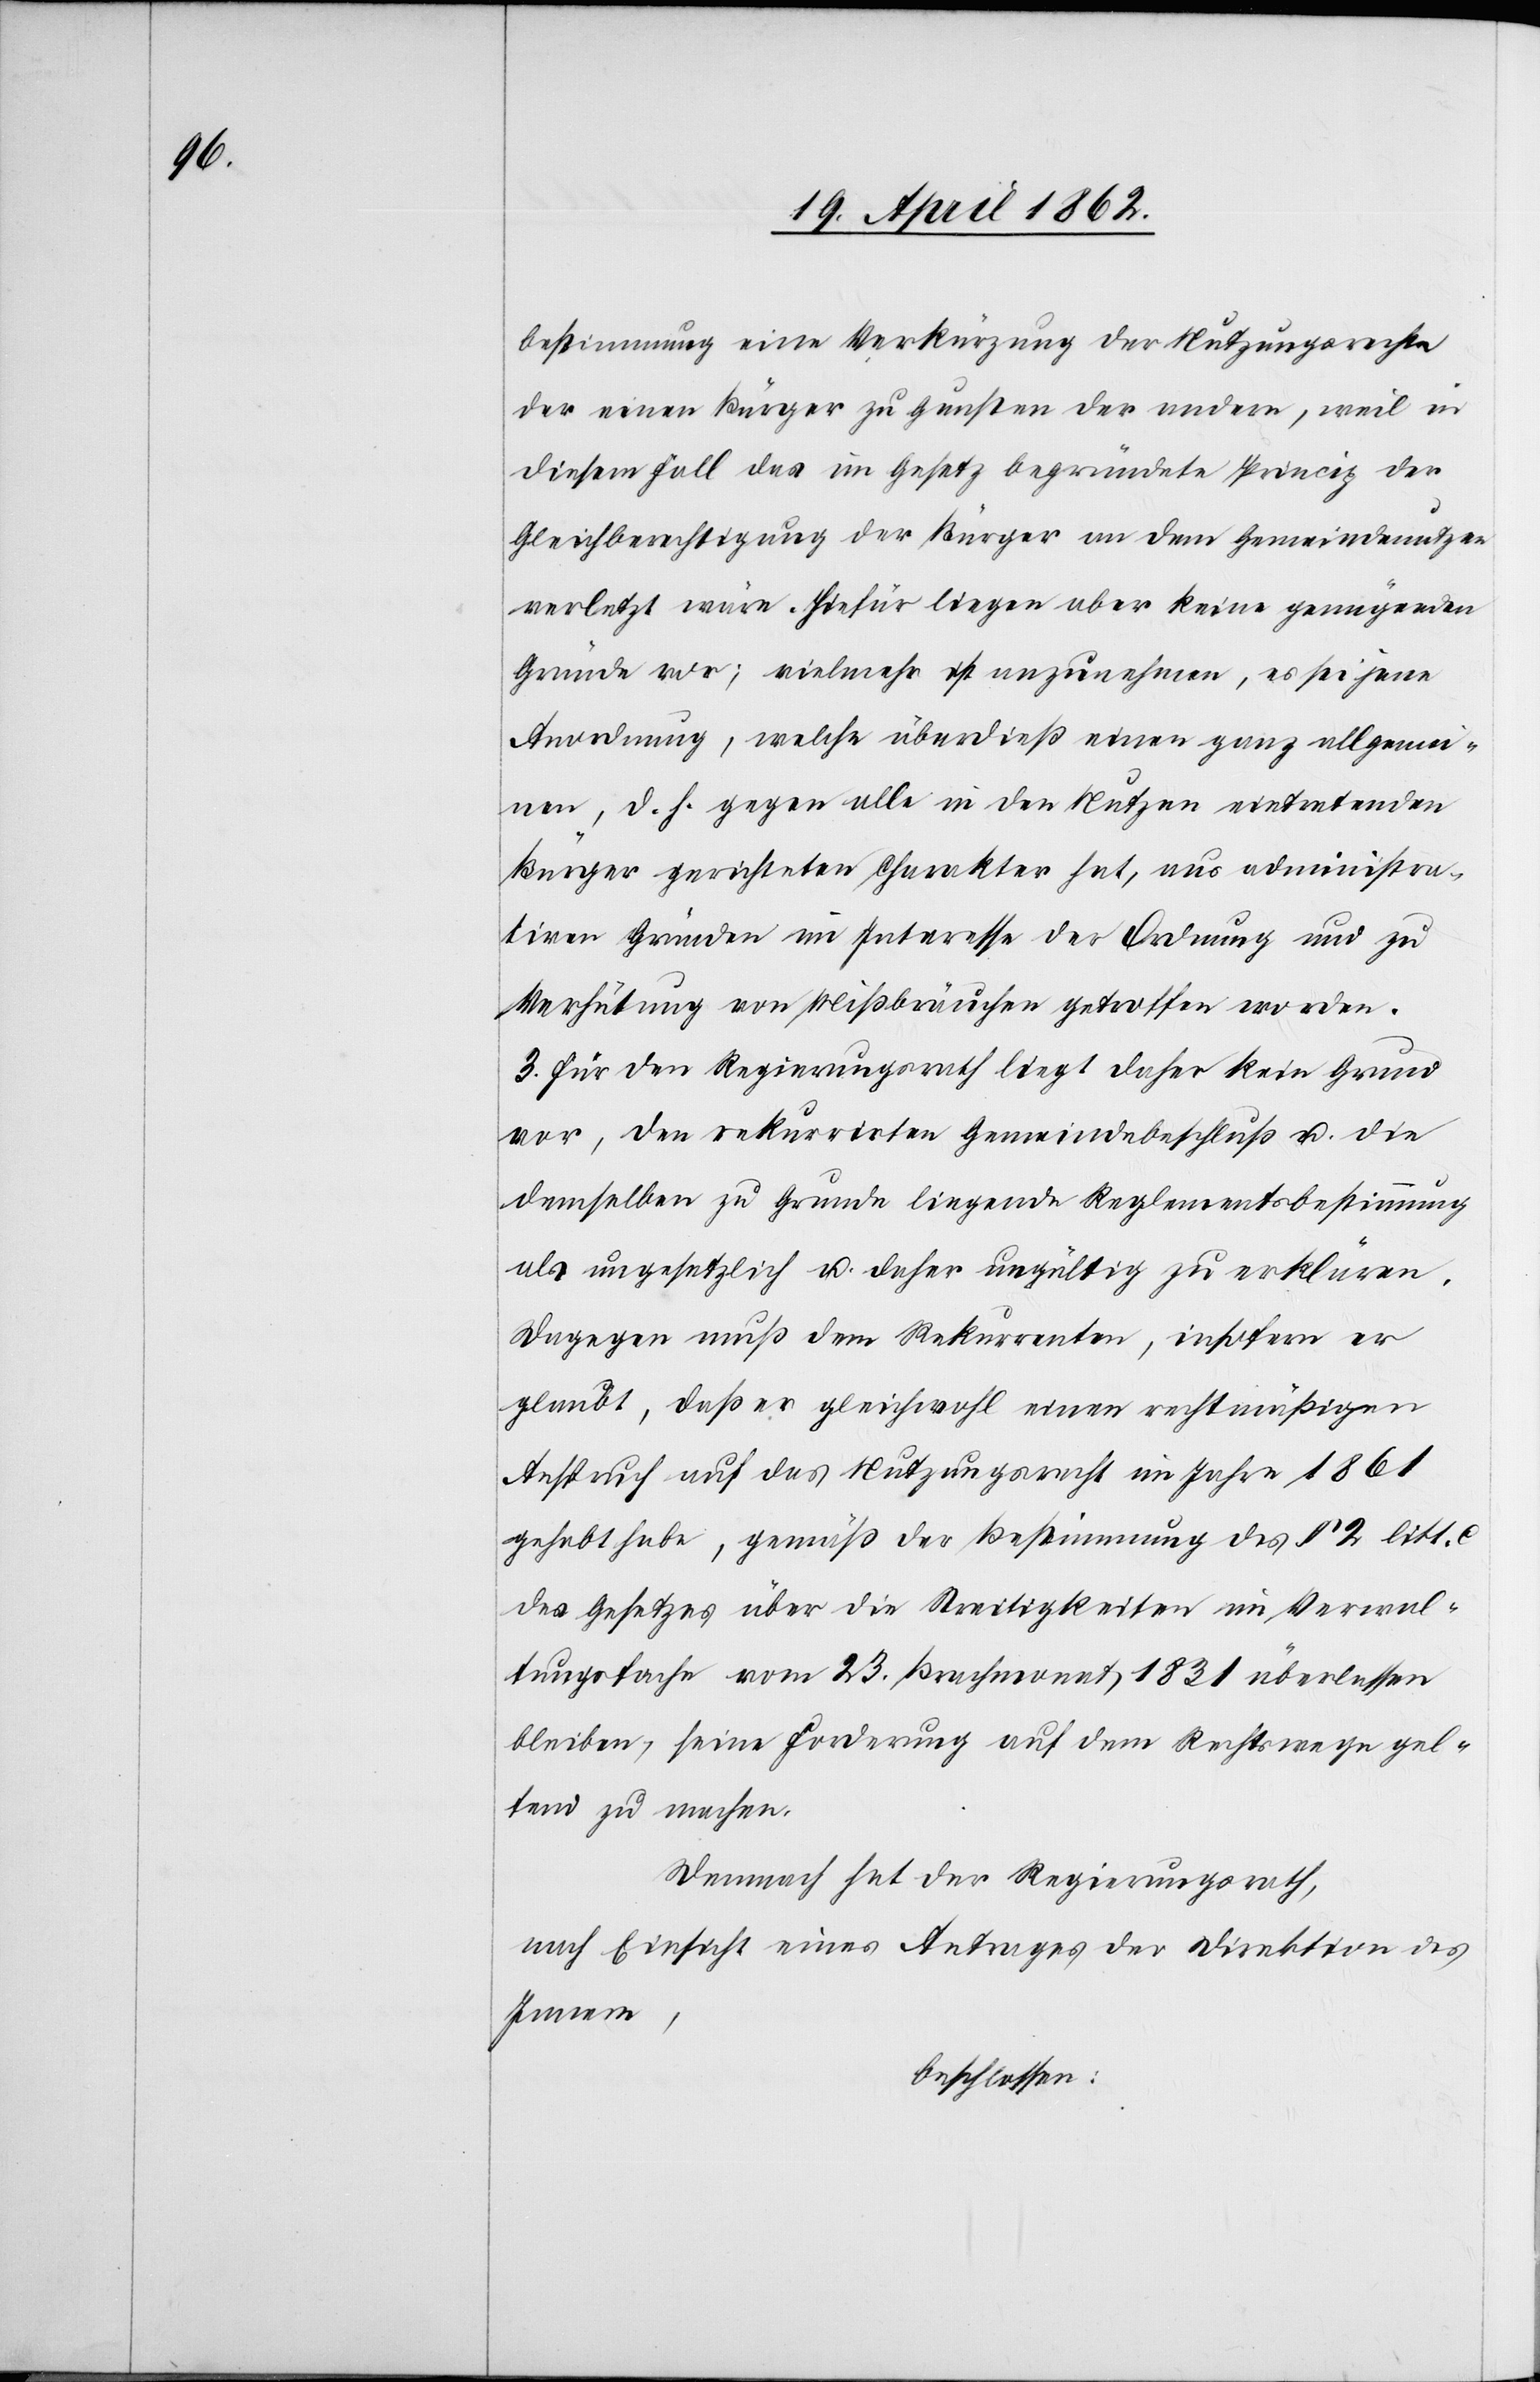
bestimmung eine Verkürzung der Nutzungsrechte
der einen Bürger zu Gunsten der andern, weil in
diesem Fall das im Gesetz begründete Prinzip der
Gleichberechtigung der Bürger an dem Gemeindnutzen
verletzt wäre. Hiefür liegen aber keine genügenden
Gründe vor; vielmehr ist anzunehmen, es sei jene
Anordnung, welche überdieß einen ganz allgemei¬
nen, d. h. gegen alle in den Nutzen eintretenden
Bürger gerichteten Charakter hat, aus administra¬
tiven Gründen im Interesse der Ordnung und zu
Verhütung von Mißbräuchen getroffen worden.
3. Für den Regierungsrath liegt daher kein Grund
vor, den rekurrirten Gemeindebeschluß u. die
demselben zu Grunde liegende Reglementsbestimmung
als ungesetzlich u. daher ungültig zu erklären.
Dagegen muß dem Rekurrenten, insofern er
glaubt, daß er gleichwohl einen rechtmäßigen
Anspruch auf das Nutzungsrecht im Jahr 1861
gehabt habe, gemäß der Bestimmung des §. 2 litt. c
des Gesetzes über die Streitigkeiten im Verwal¬
tungsfache vom 23. Brachmonat 1831 überlassen
bleiben, seine Forderung auf dem Rechtswege gel¬
tend zu machen.
Demnach hat der Regierungsrath,
nach Einsicht eines Antrages der Direktion des
Innern,
beschlossen: